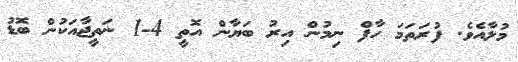
މުލާއެވެ. ފުރަތަމަ ހާފް ނިމުން އިރު ބަޔާން އޮތީ 4-1 ނަތީޖާއަކުން ބޮޑު